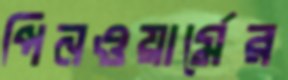
পিনওয়ার্মের